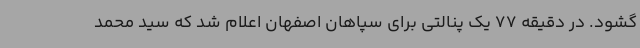
گشود. در دقیقه 77 یک پنالتی برای سپاهان اصفهان اعلام شد که سید محمد